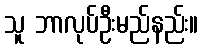
သူ ဘာလုပ်ဦးမည်နည်း။